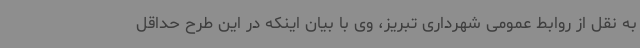
به نقل از روابط عمومی شهرداری تبریز، وی با بیان اینکه در این طرح حداقل